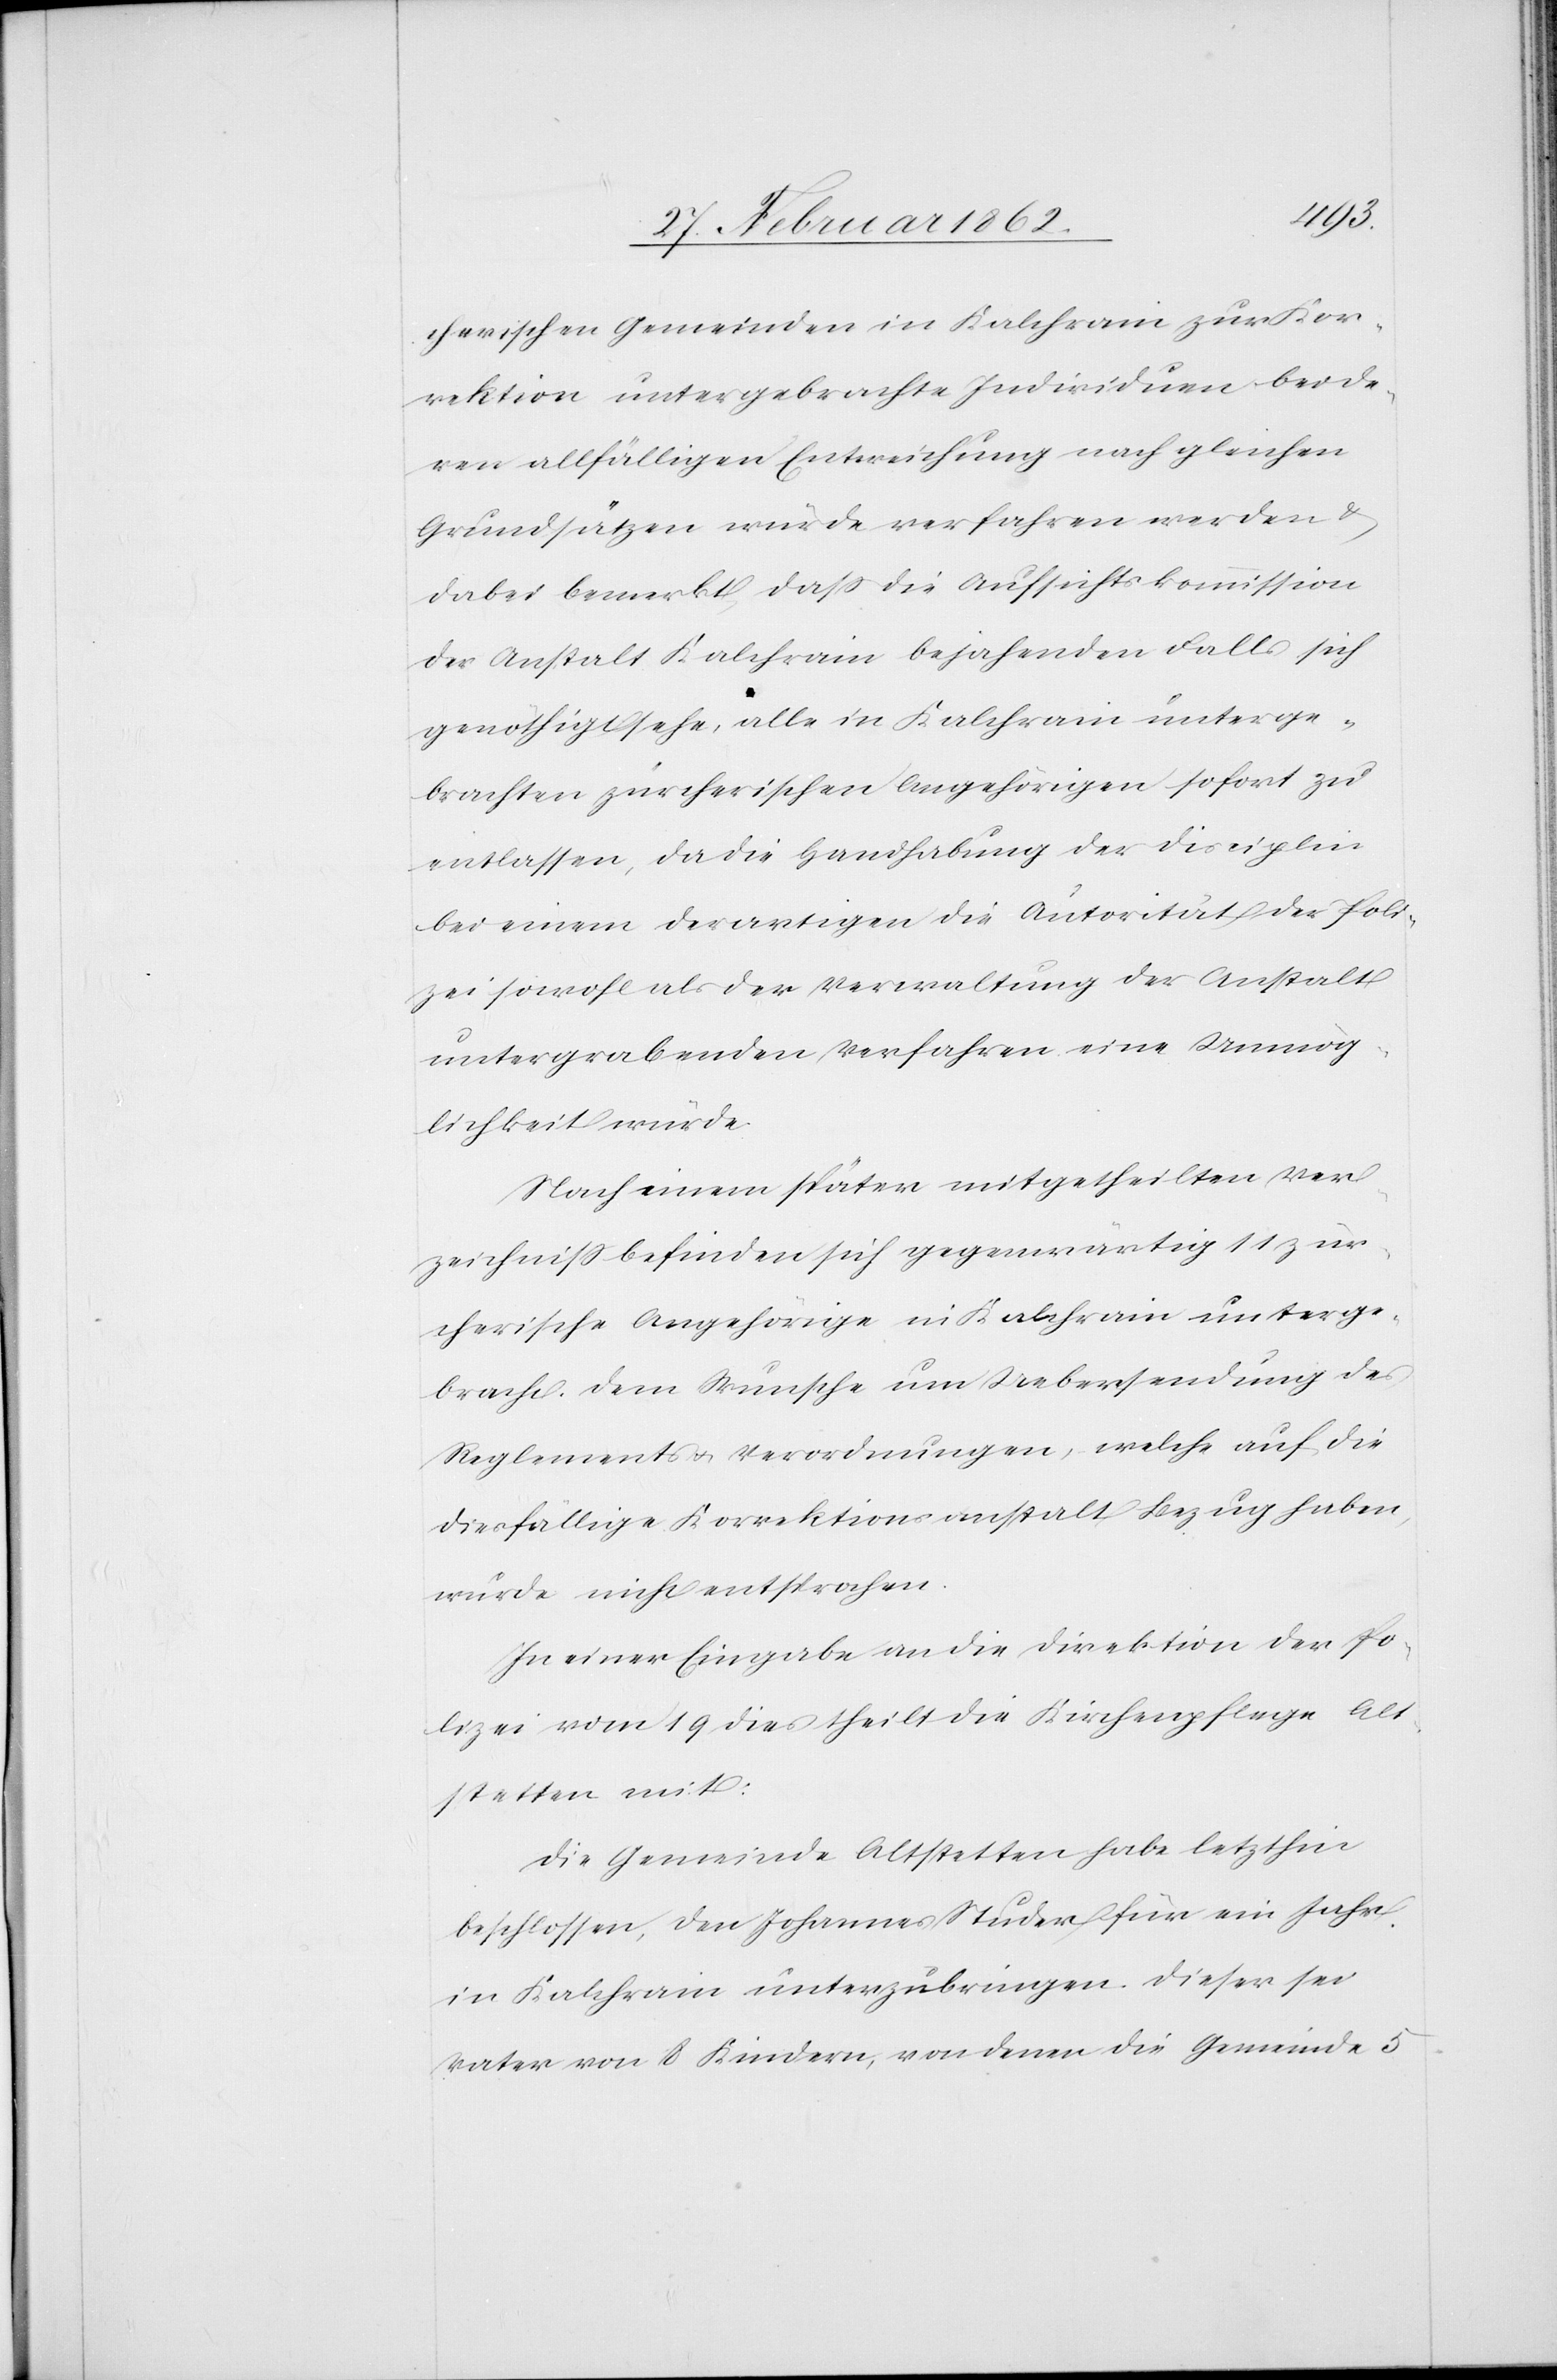
cherischen Gemeinden in Kalchrain zur Kor¬
rektion untergebrachte Individuen bei de¬
ren allfälligen Entweichung nach gleichen
Grundsätzen würde verfahren werden &
dabei bemerkt, daß die Aufsichtskommission
der Anstalt Kalchrain bejahenden Falls sich
genöthigt sehe, alle in Kalchrain unterge¬
brachten zürcherischen Angehörigen sofort zu
entlassen, da die Handhabung der Disciplin
bei einem derartigen die Autorität der Poli¬
zei sowohl als der Verwaltung der Anstalt
untergrabenden Verfahren eine Unmög¬
lichkeit würde.
Nach einem später mitgetheilten Ver¬
zeichniß befinden sich gegenwärtig 11 zür¬
cherische Angehörige in Kalchrain unterge¬
bracht. Dem Wunsche um Uebersendung des
Reglements u. Verordnungen, welche auf die
diesfällige Korrektionsanstalt Bezug haben,
wurde nicht entsprochen.
In einer Eingabe an die Direktion der Po¬
lizei vom 19 dies theilt die Kirchenpflege Alt¬
stetten mit:
Die Gemeinde Altstetten habe letzthin
beschlossen, den Johannes Studer für ein Jahr
in Kalchrain unterzubringen. Dieser sei
Vater von 8 Kindern, von denen die Gemeinde 5